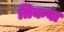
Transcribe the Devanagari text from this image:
तिकवा